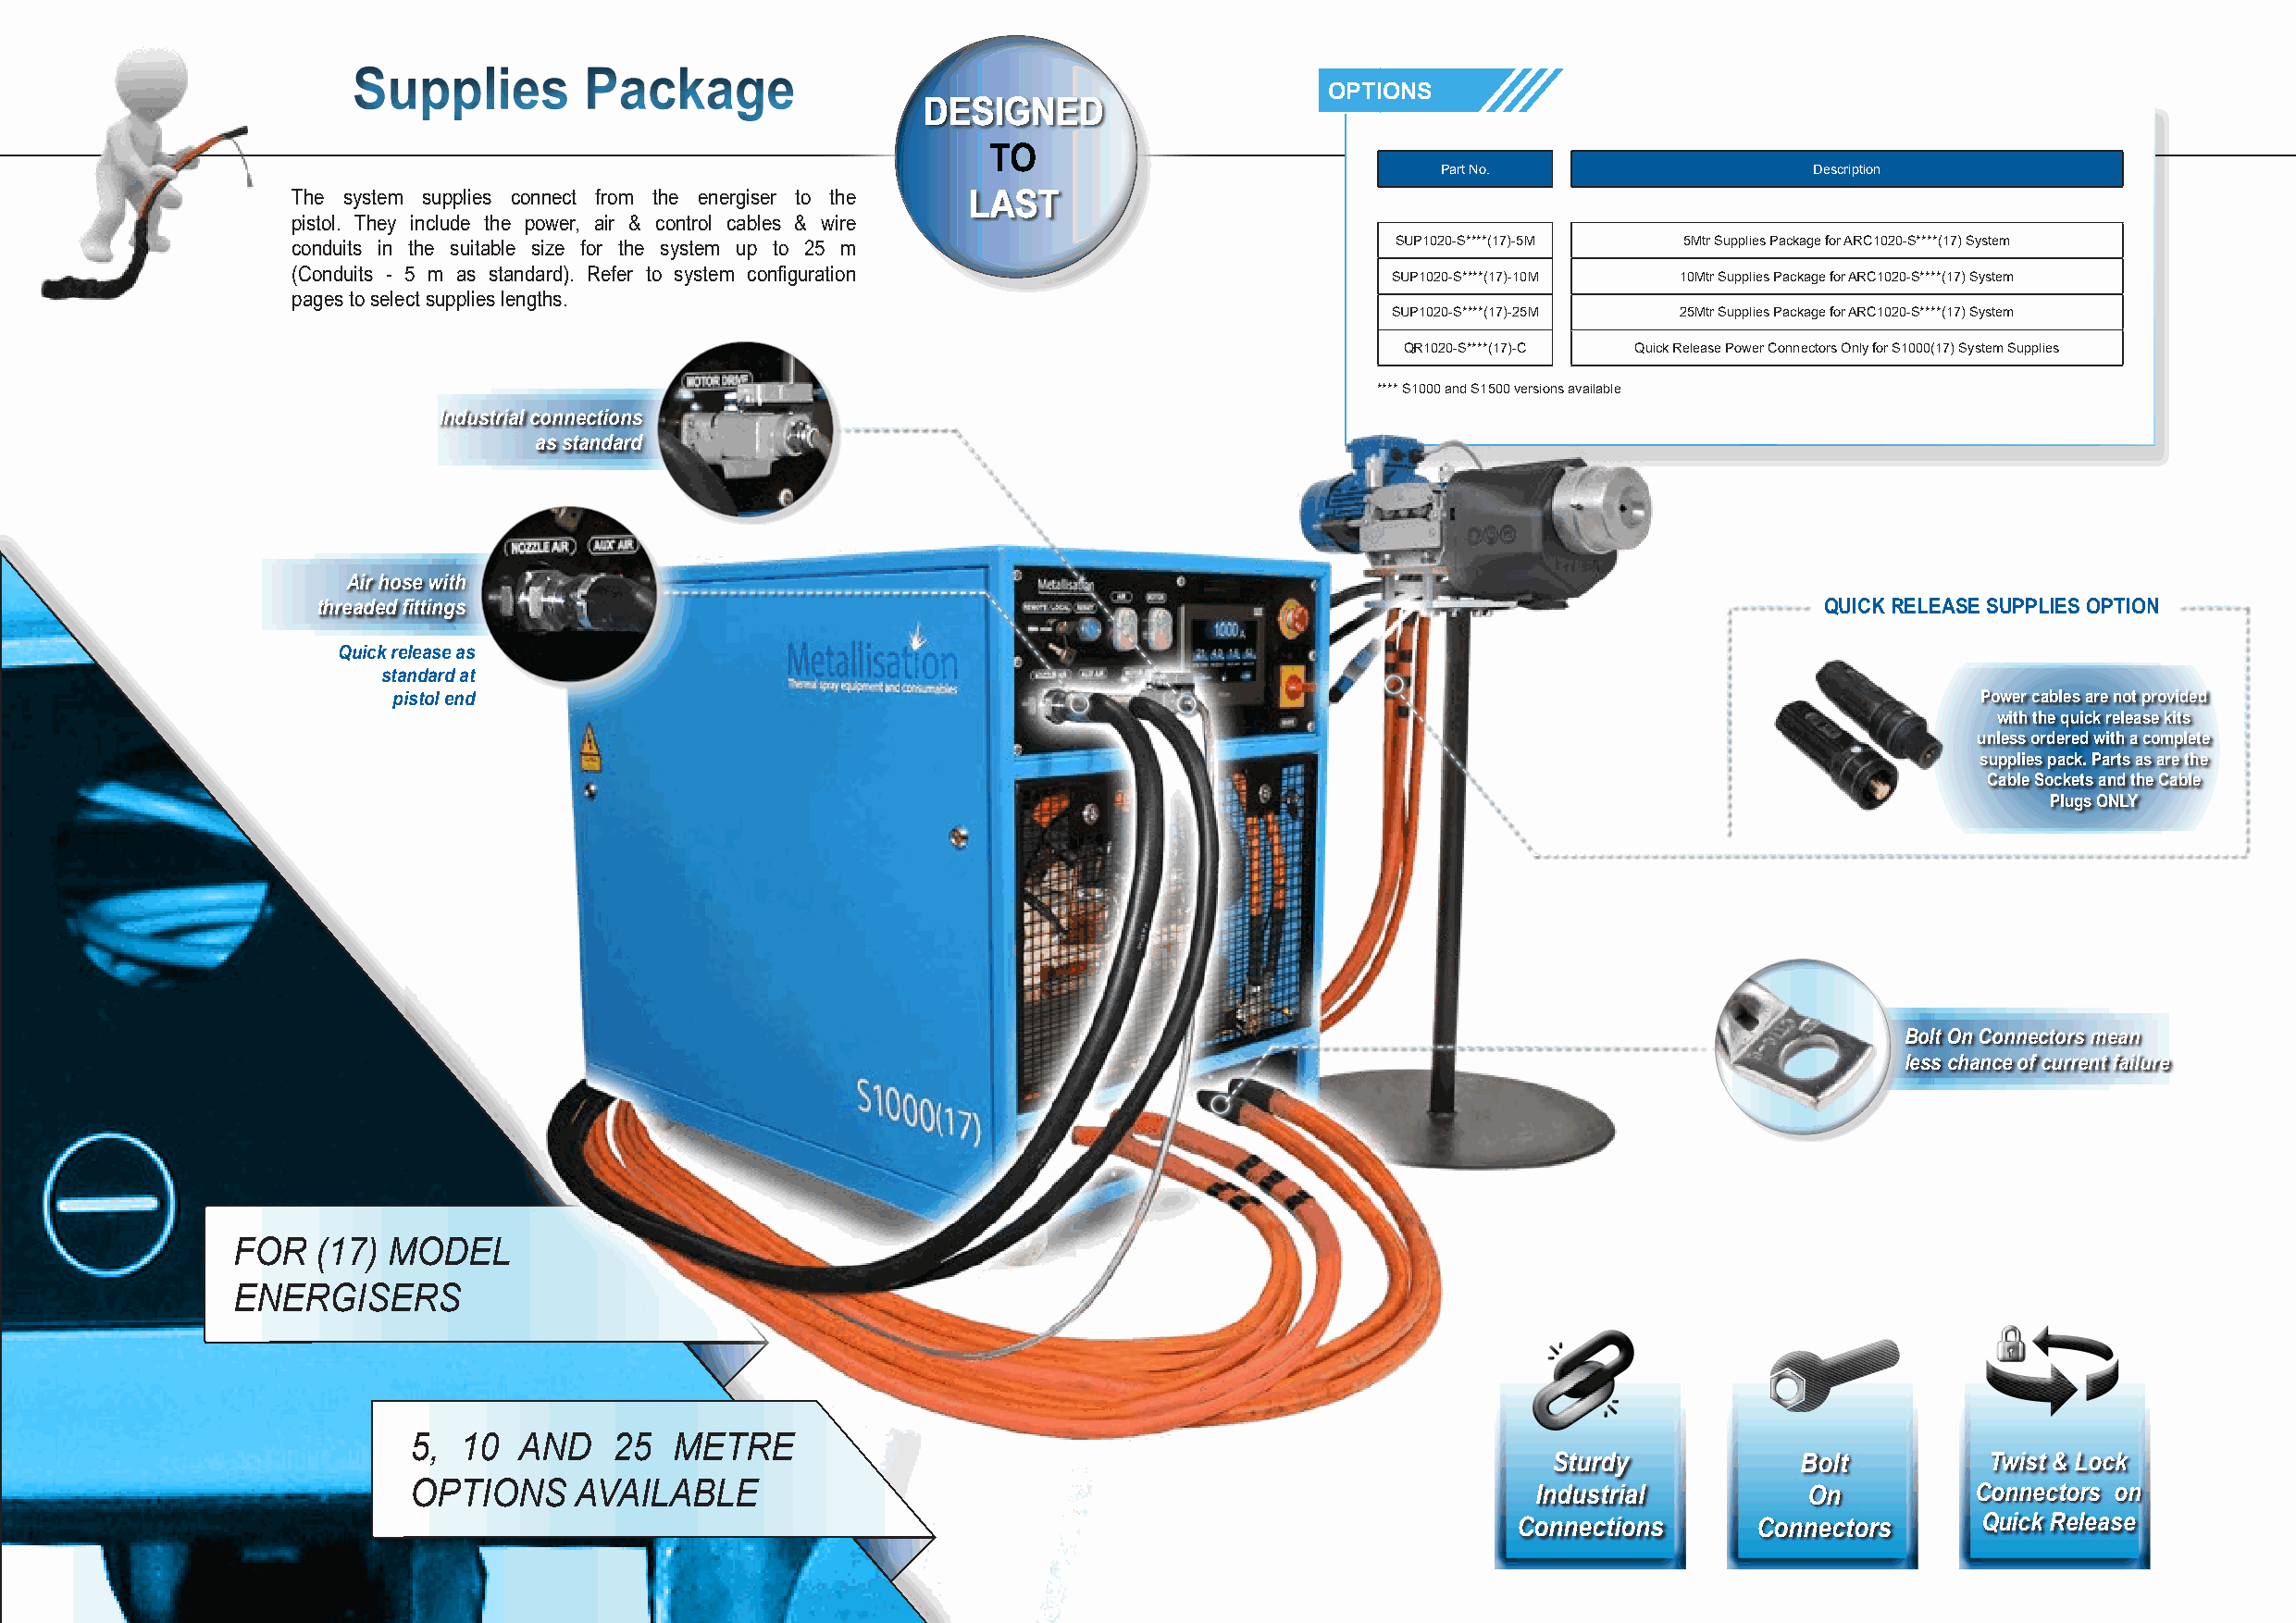
Supplies         Package
 OPTIONS
 DDEESSIIGGNNEEDD
 TO
 Part No.                   Description
 The system supplies connect from the energiser to the LLAASSTT
 pistol. They include the power, air & control cables & wire
 conduits in the suitable size for the system up to 25 m                        SUP1020-S****(17)-5M 5Mtr Supplies Package for ARC1020-S****(17) System
 (Conduits - 5 m as standard). Refer to system configuration                    SUP1020-S****(17)-10M 10Mtr Supplies Package for ARC1020-S****(17) System
 pages to select supplies lengths.
 SUP1020-S****(17)-25M 25Mtr Supplies Package for ARC1020-S****(17) System
 QR1020-S****(17)-C Quick Release Power Connectors Only for S1000(17) System Supplies
 **** S1000 and S1500 versions available
 Industrial connections
 as standard
 Air hose with
 threaded fittings                                                                                          QUICK RELEASE SUPPLIES OPTION
 Quick release as
 standard at
 pistol end                                                                                                        Power cables are not provided
 with the quick release kits
 unless ordered with a complete
 supplies pack. Parts as are the
 Cable Sockets and the Cable
 Plugs ONLY
 Bolt On Connectors mean
 less chance of current failure
 FOR   (17) MODEL
 ENERGISERS
 5,  10  AND    25  METRE
 Sturdy            Bolt         Twist & Lock
 OPTIONS     AVAILABLE                                                            Industrial         On          Connectors on
 Connections       Connectors      Quick Release